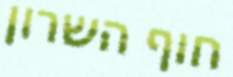
חוף השרון